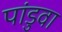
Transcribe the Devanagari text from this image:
पांडुवा